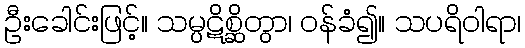
ဦးခေါင်းဖြင့်။ သမ္ပဋိစ္ဆိတွာ၊ ဝန်ခံ၍။ သပရိဝါရာ၊